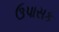
ઉપાસક